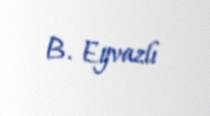
B. Eyvazlı